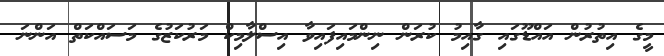
މީގެ އިތުރުން އައްޑޫގައި ގާއިމު ކުރަން ނިންމައިފައިވާ އިސްލާމިކް މަރުކަޒުގެ މަސައްކަތް އަންނަ